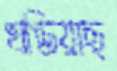
খণ্ডিয়াছ